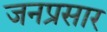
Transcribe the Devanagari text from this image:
जनप्रसार